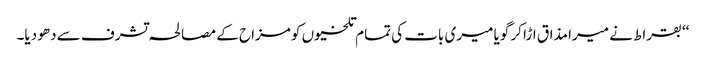
‘‘ بقراط نے میرا مذاق اڑا کر گویا میری بات کی تمام تلخیوں کو مزاح کے مصالحہ تشرف سے دھو دیا۔